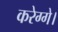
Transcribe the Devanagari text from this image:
करेग्गे।